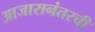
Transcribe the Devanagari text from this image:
आजारानंतरची